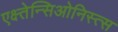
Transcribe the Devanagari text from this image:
एक्ष्तेन्सिओनिस्त्स